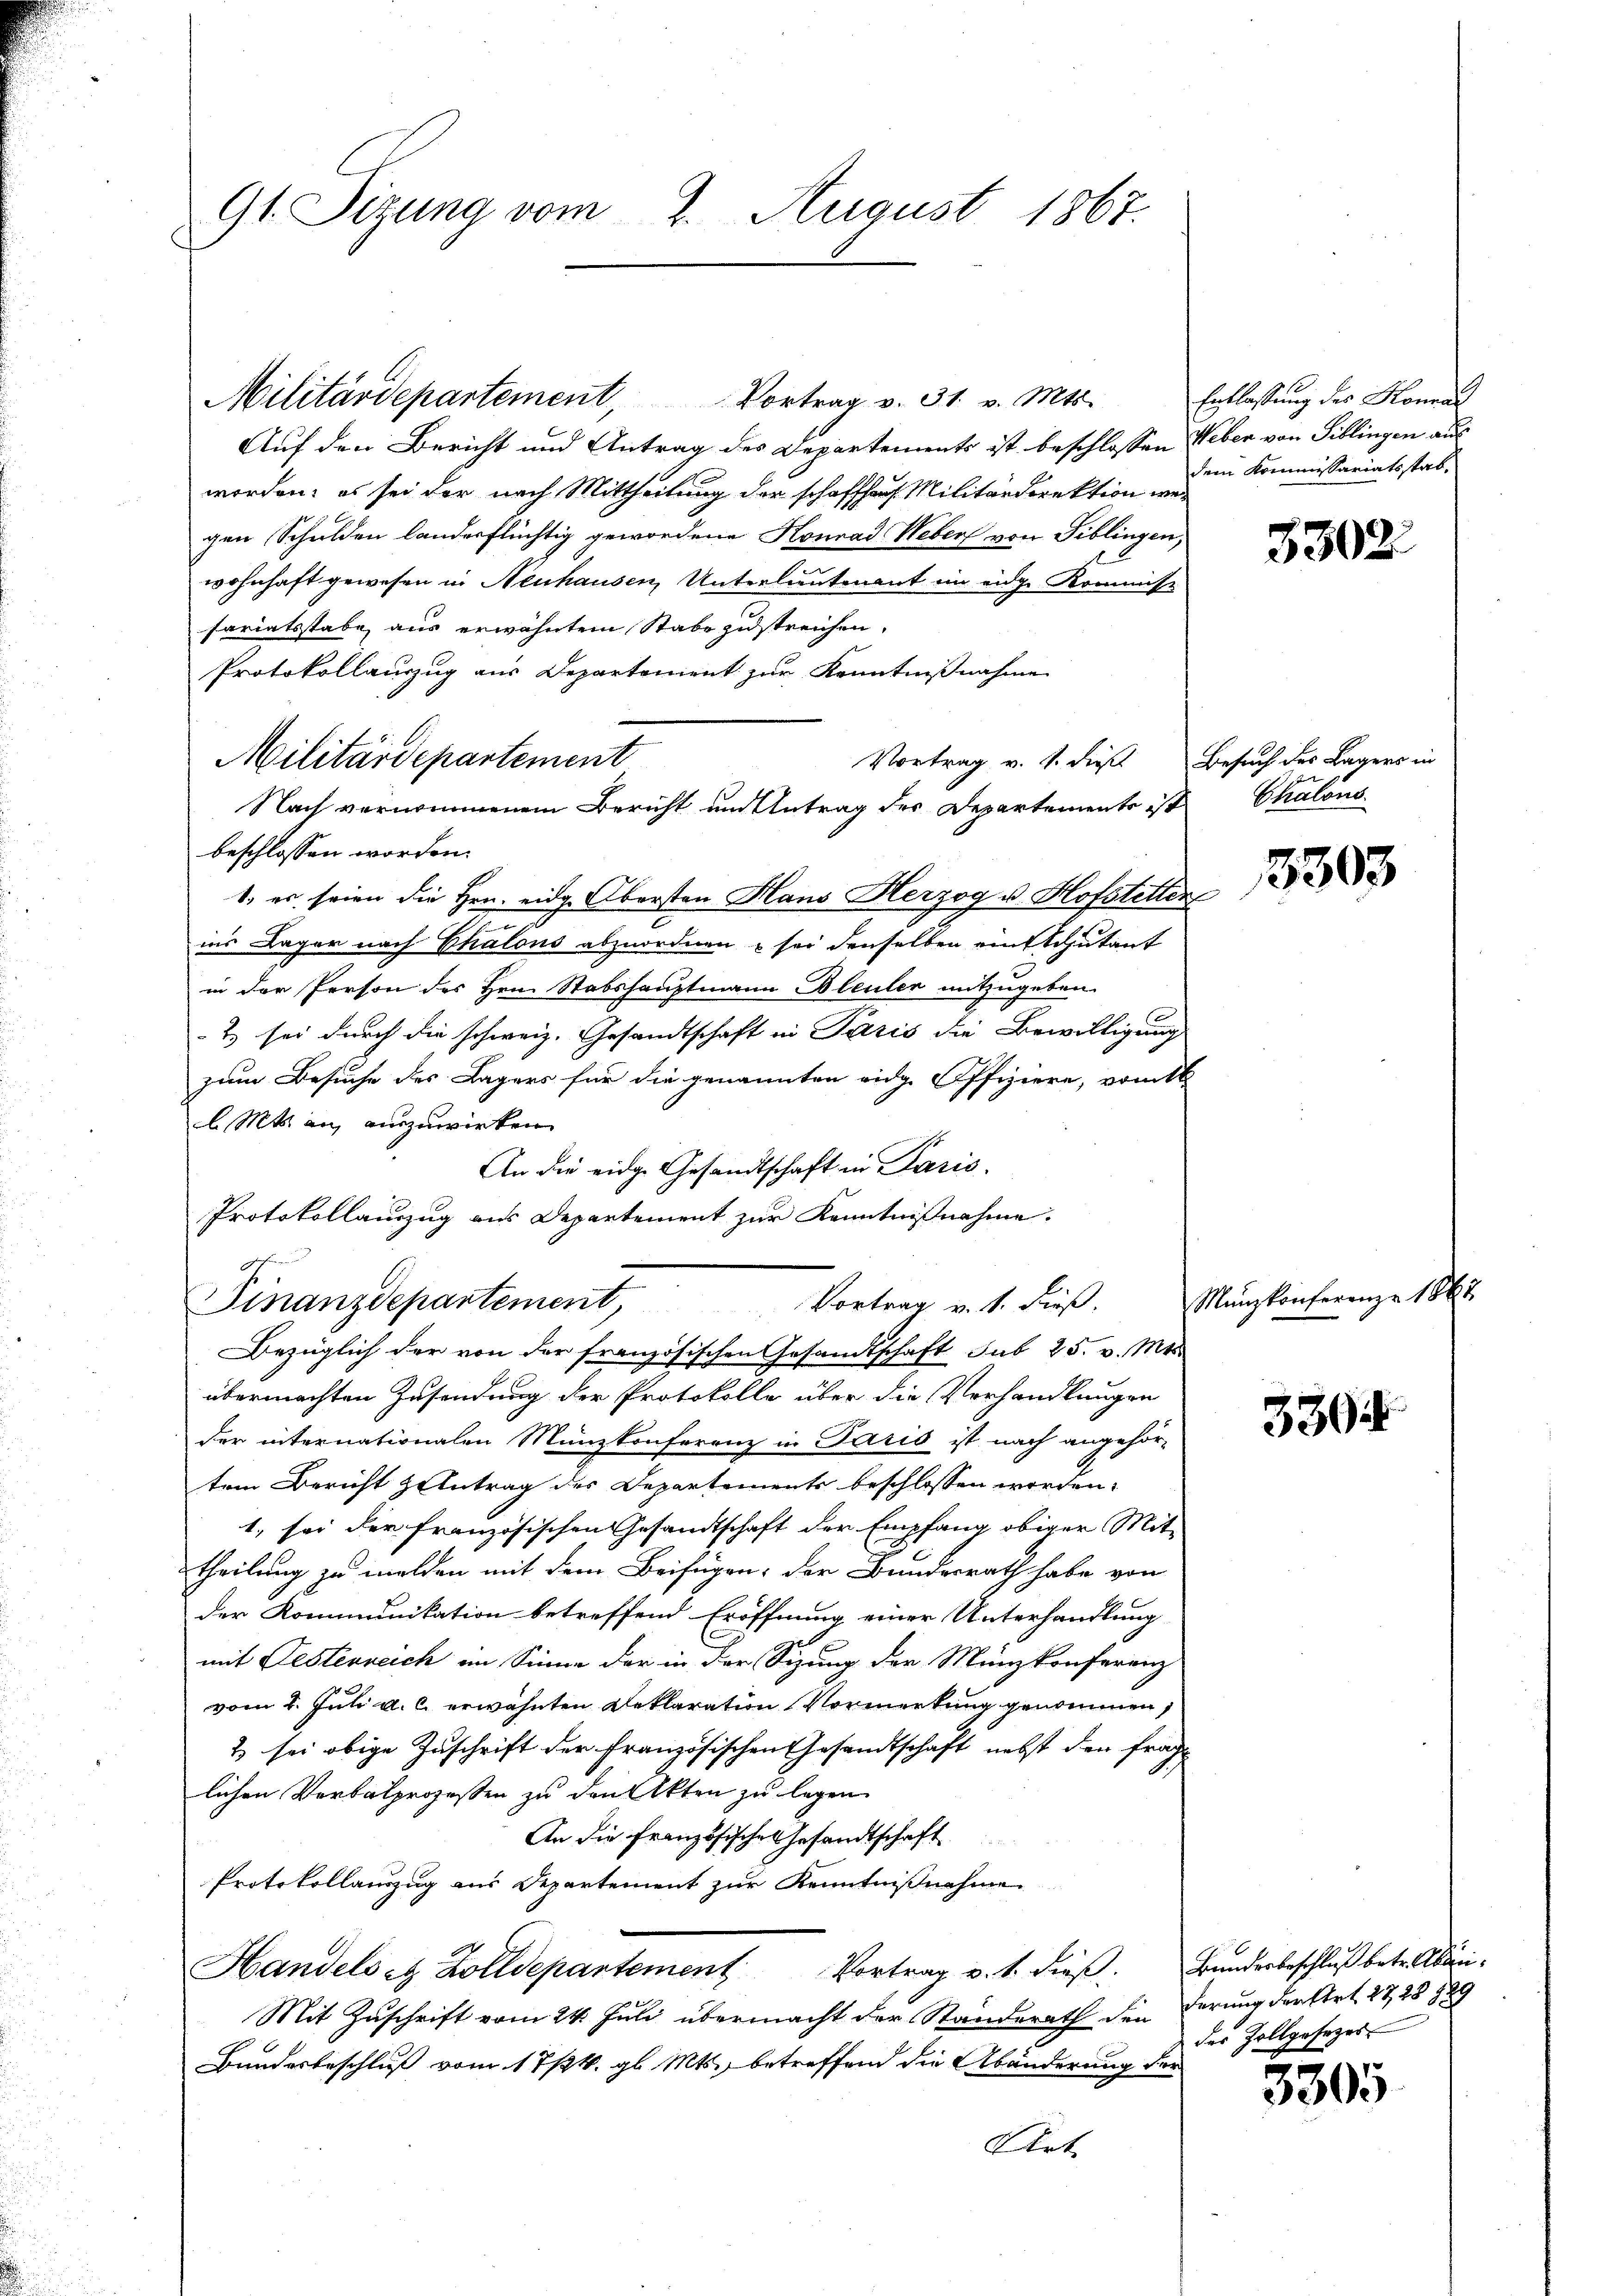
Gl. Sizung vom 2. August 1867.

Militärdepartement

Nach vernommenem Bericht um Antrag des Departements ist

Militärdepartement, Vortrag v. 31. v. Mts.
Auf den Bericht und Antrag des Departements ist beschlossen Weber von Biblingen aus
worden; es sei der nach Mittheilung der schaffhaus Militärdirektion wergen Schulden landerflüchtig gewordene Konrad Weben von Fiblingen,
wohnhaft gewesen in Neuhausen, Unterlieutenant im eidge Kommiss
sariatsstabe, aus erwähntem Stabe zustreichen,
Protokollauszug aus Departement zur Kenntnißnahme
Vortrag v. 1. dieß
beschlossen worden.
1. es seien die Hrn. eidg. Obersten Hans Herzog u. Hofstetten
ins Lager nach Chalons abzuordnen & sei denselben ein Schutant
in der Person des Hrn. Stabshauptmann Bleuler mitzugeben.
2) sei durch die schweiz. Gesandtschaft in Paris die Bewilligung
zum Besuche des Lagers für die genannten eidg. Offiziere, vom
l. Mts. an einzuwirken.
An die eidge Gesandtschaft in Paris.
Protokollauszug aus Departement zur Kenntnißnahme.
J.
Finanzdepartement,
Vortrag v. 1. dieß.
Bezüglich der von der französischen Gesandtschaft sub 25. v. Mts.
übermachten Zusendung der Protokolle über die Verhandlungen
der internationalen Münzkonferenz in Paris ist nach angehör-
tem Bericht zentrag des Departements beschlossen worden.
1. sei der französischen Gesandtschaft der Empfang obiger Mittheilung zu melden mit dem Beifügen, der Bundesrath habe von
der Kommunikation betreffend Eröffnung einer Unterhandlung
mit Festerreich im Sinne der in der Sizung der Münzkonferenz
vom 2. Juli a. c. erwähnten Reklaration Vormerkung genommen,
2 sei obige Zuschrift der Französischen Gesandtschaft nebst den frag
lichen Verbalprozessen zu den Akten zu legen
An die Französischen Gesandtschaft
Protokollauszug aus Departement zur Kenntnißnahme
Handelseg Zolldepartement Vortrag u. s. dieβ. Bunderbeschluß betr. Abän¬
Mit Zuschrift vom 24. Juli übermacht der Standerath den
Bundesbeschluß vom 17/4. gl. Mts., betreffend die Abänderung der

Entlassung des Konrad
dem Kommissariatsstab.

l

5302

Besuch des Lagers in
Chalous.

3303

Münzkonferenze 188

3304

derung der Art. 2728 189
der Zollgesezes

3305